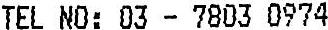
TEL NO: 03 - 7803 0974